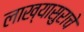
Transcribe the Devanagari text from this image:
लाख्यासुराचे